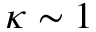
\kappa \sim 1